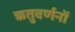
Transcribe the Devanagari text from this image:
ऋतुवर्णनों